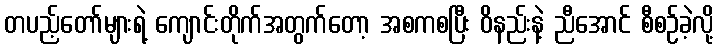
တပည့်တော်များရဲ့ ကျောင်းတိုက်အတွက်တော့ အစကစပြီး ဝိနည်းနဲ့ ညီအောင် စီစဉ်ခဲ့လို့